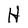
Character: H